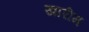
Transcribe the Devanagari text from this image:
खारीम